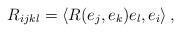
LaTeX: \begin{align*}R_{ijkl}=\left\langle R(e_j,e_k)e_l,e_i \right\rangle,\end{align*}